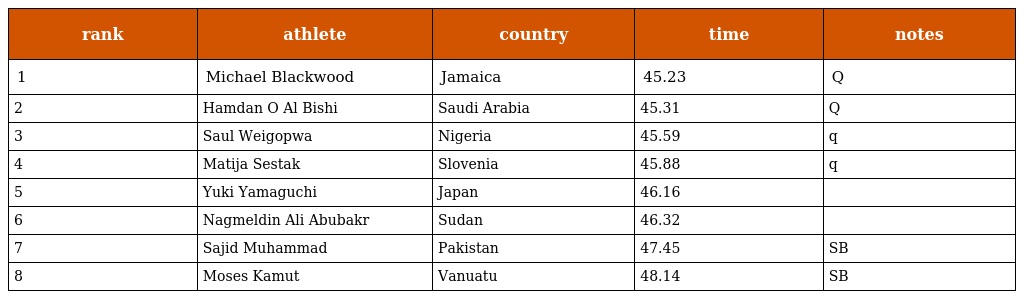
| rank | athlete | country | time | notes |
 | --- | --- | --- | --- | --- |
 | 1 | Michael Blackwood | Jamaica | 45.23 | Q |
 | 2 | Hamdan O Al Bishi | Saudi Arabia | 45.31 | Q |
 | 3 | Saul Weigopwa | Nigeria | 45.59 | q |
 | 4 | Matija Sestak | Slovenia | 45.88 | q |
 | 5 | Yuki Yamaguchi | Japan | 46.16 |  |
 | 6 | Nagmeldin Ali Abubakr | Sudan | 46.32 |  |
 | 7 | Sajid Muhammad | Pakistan | 47.45 | SB |
 | 8 | Moses Kamut | Vanuatu | 48.14 | SB |